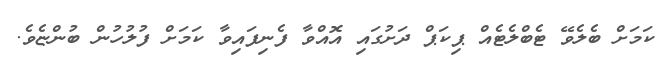
ކަމަށް ބެލެވޭ ޓެބްލެޓެއް ޕިކަޕް ދަށުގައި އޮއްވާ ފެނިފައިވާ ކަމަށް ފުލުހުން ބުންޏެވެ.